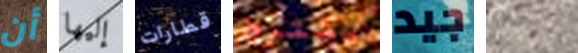
أن إليها قطارات يشتروا جيد تلاشت